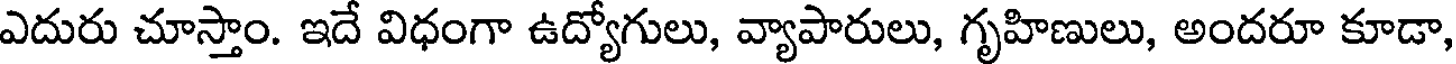
ఎదురు చూస్తాం. ఇదే విధంగా ఉద్యోగులు, వ్యాపారులు, గృహిణులు, అందరూ కూడా,